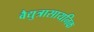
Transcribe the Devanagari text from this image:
वैद्युत्रासायनिक